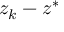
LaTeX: z _ { k } - z ^ { * }